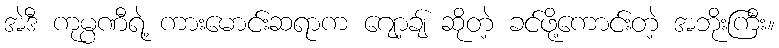
အဲဒီ ကုမ္ပဏီရဲ့ ကားမောင်းဆရာက ဂျော့ချ် ဆိုတဲ့ ခင်ဖို့ကောင်းတဲ့ အဘိုးကြီး။